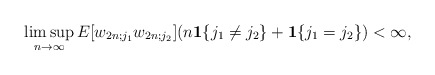
\begin{align*} \limsup_{n \rightarrow \infty} E[w_{2n;j_1} w_{2n;j_2}](n\mathbf{1}\{j_1\neq j_2\} + \mathbf{1}\{j_1=j_2\}) < \infty,\end{align*}